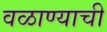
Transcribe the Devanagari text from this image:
वळाण्याची